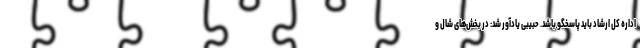
اداره کل ارشاد باید پاسخگو باشد. حبیبی یادآور شد: در بخش‌های شال و